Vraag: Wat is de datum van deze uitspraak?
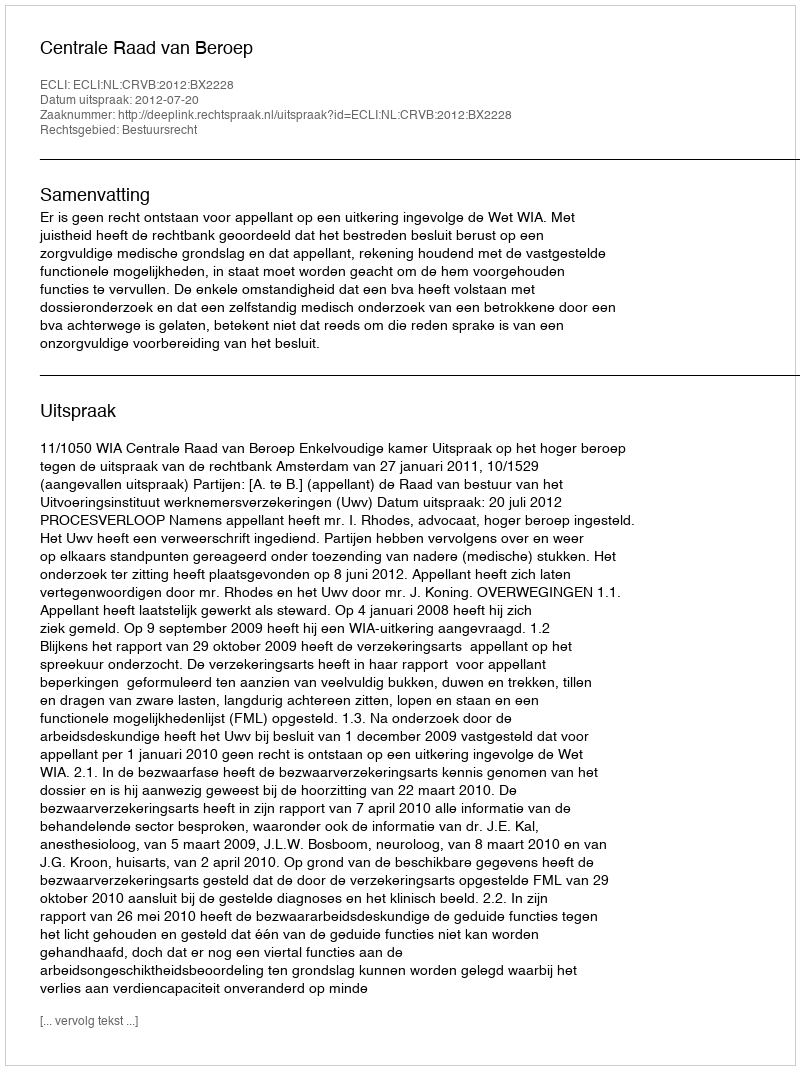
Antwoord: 2012-07-20